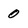
Character: 0